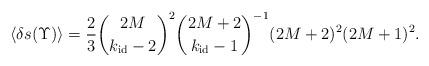
LaTeX: \begin{align*} \langle\delta s(\Upsilon)\rangle=\frac{2}{3}\binom{2M}{k_{\rm id}-2}^2\binom{2M+2}{k_{\rm id}-1}^{-1}(2M+2)^{2}(2M+1)^{2}. \end{align*}